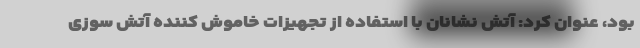
بود، عنوان کرد: آتش نشانان با استفاده از تجهیزات خاموش کننده آتش سوزی